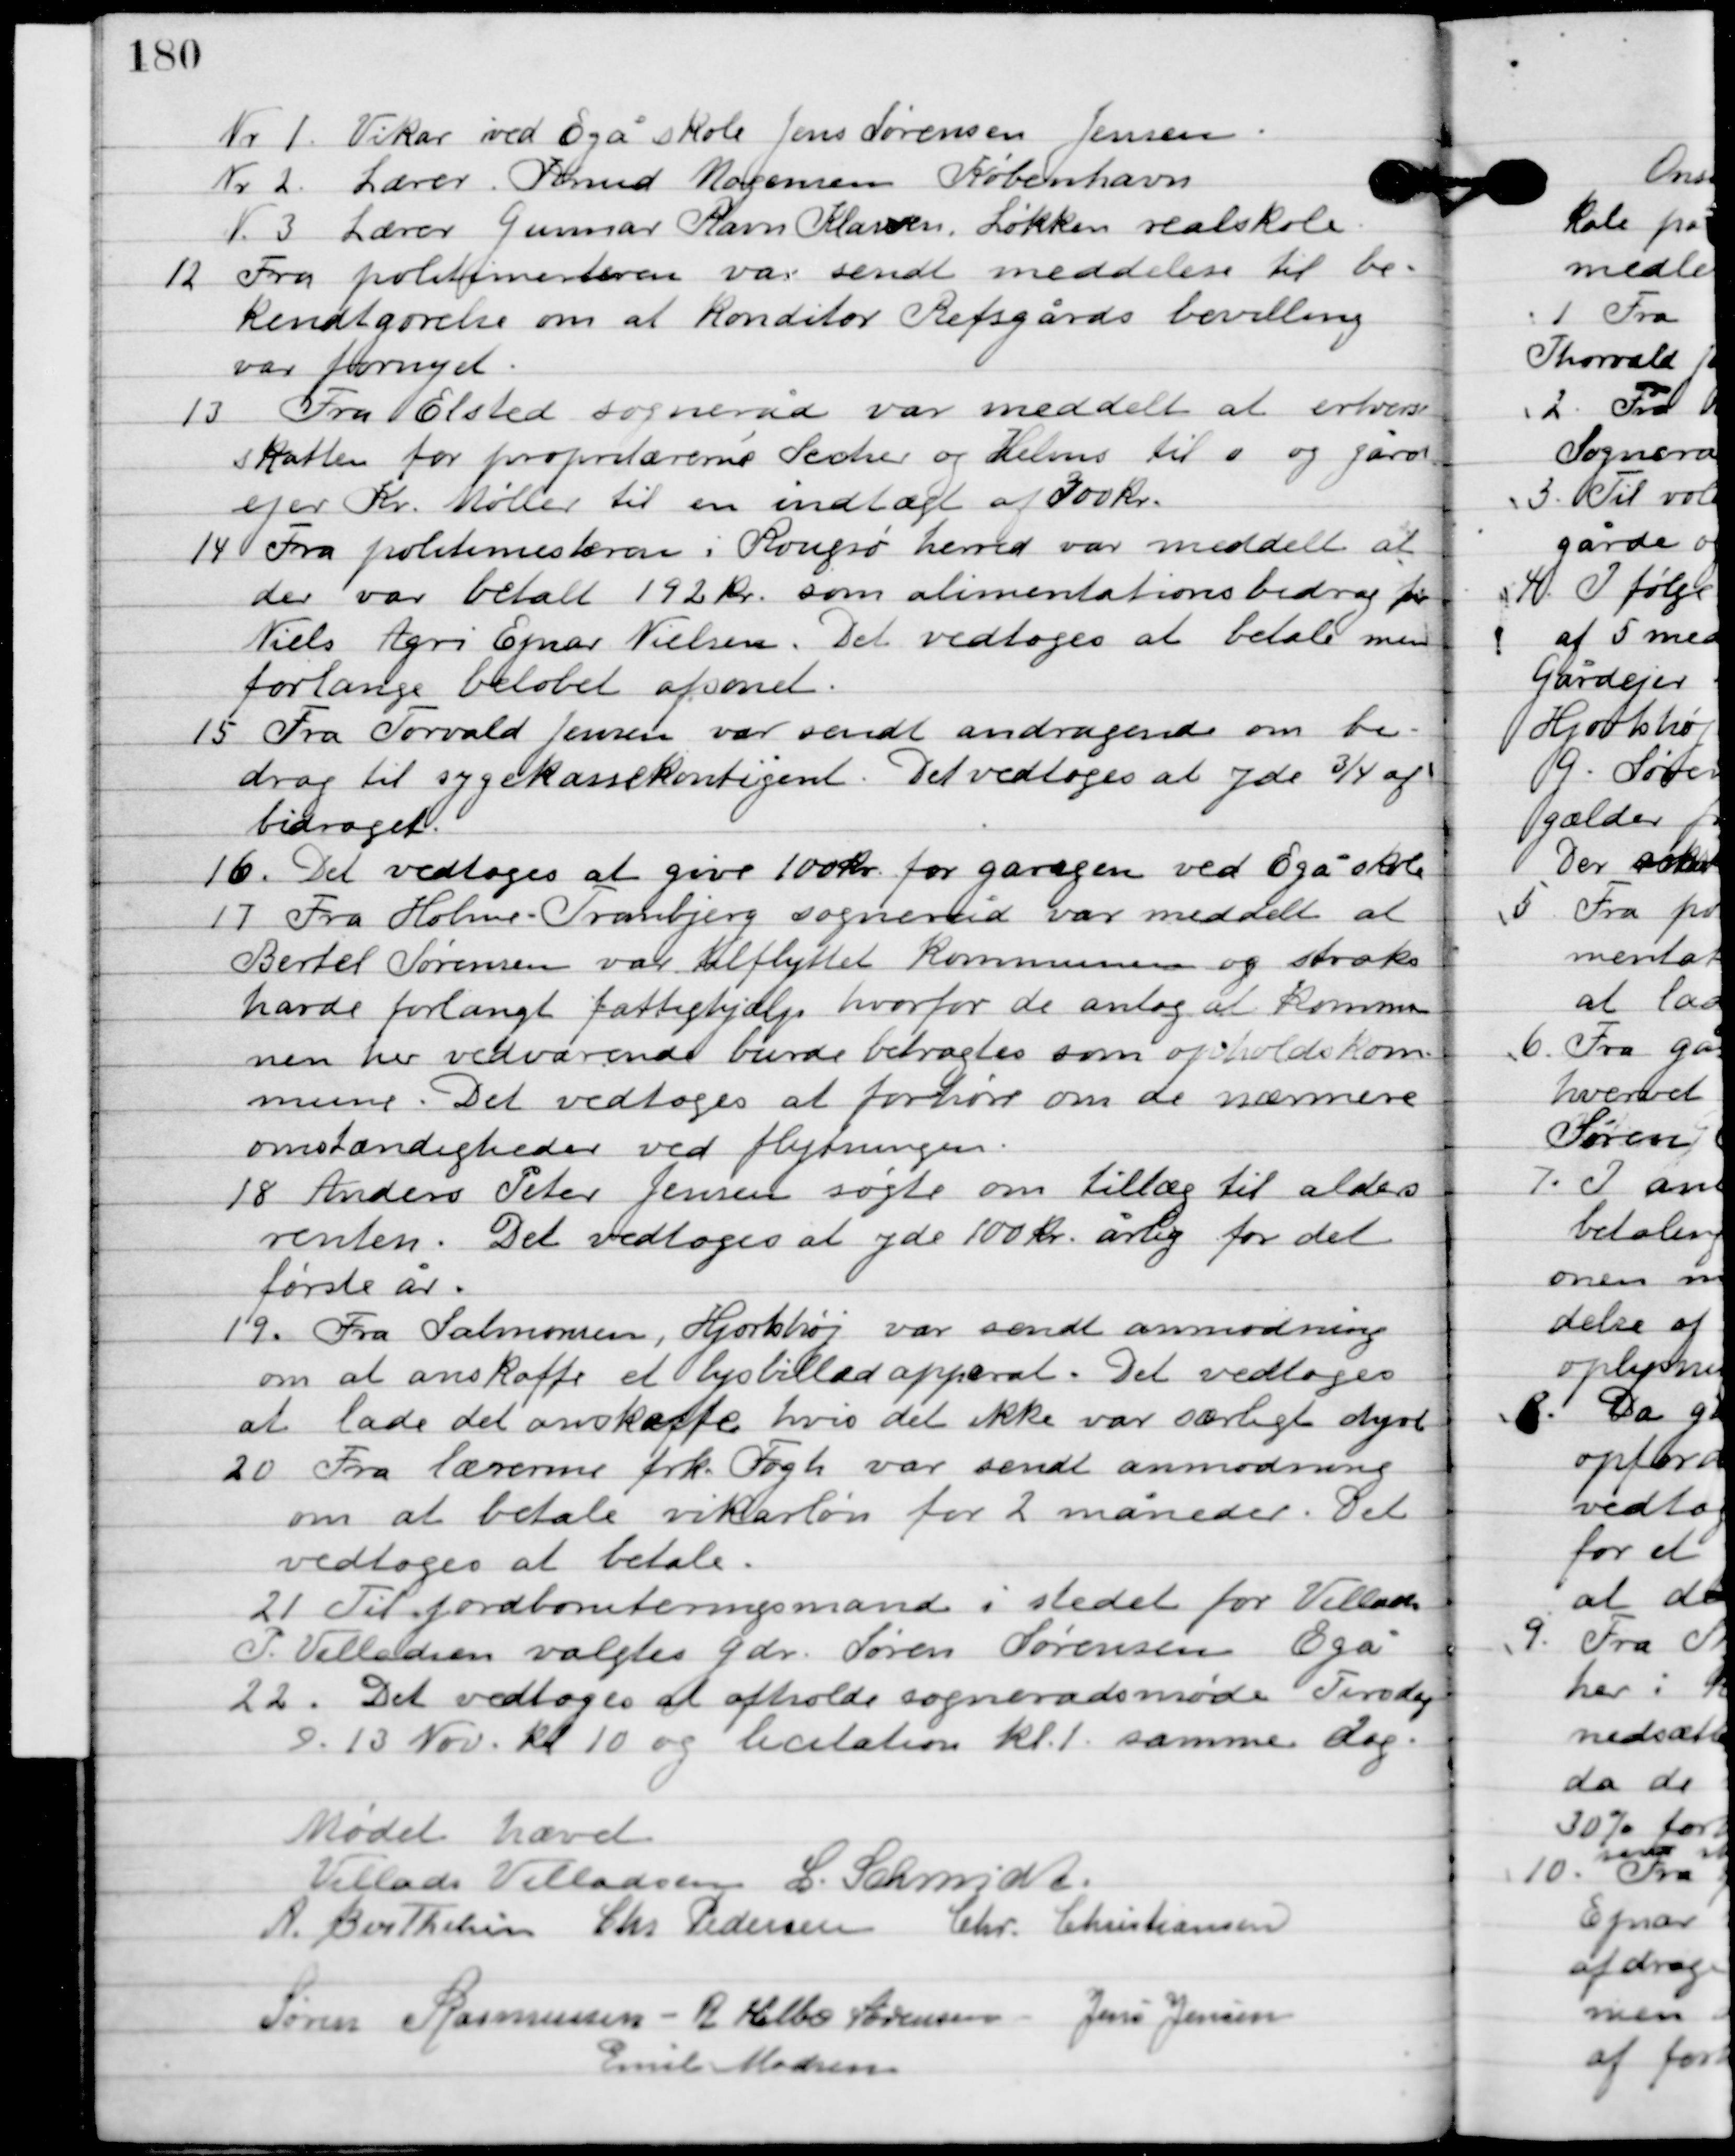
Transskription:
Nr. 1. Vikar ved Egå skole Jens Sørensen Jensen.
Nr. 2. lærer Tormod Mogensen København
Nr. 3. lærer Gunnar Ravn Klarven, Løkken realskole.

12

Fra politimesteren var sendt meddelelse til be-
kendtgørelse om at konditor Refsgårds bevilling
var fornyet.

13

Fra Elsted sogneråd var meddelt at erhvervs-
skatten for proprietærerne Secher og Helms til 0 og gård-
ejer Kr. Møller til en indtægt af 300 kr.

14

Fra politimesteren i Rougsø herred var meddelt at
der var betalt 192 kr. som alimentationsbidrag for
Niels Agri Ejnar Nielsen. Det vedtoges at betale men
forlange beløbet afsonet.

15

Fra Torvald Jensen var sendt andragende om bi-
drag til sygekasse kontingent. Det vedtoges at yde ¾ af
bidraget.

16

Det vedtoges at give 100 kr. for garagen ved Egå skole.

17

Fra Holme-Tranbjerg sogneråd var meddelt at
Bertel Sørensen var tilflyttet kommunen og straks
havde forlangt fattighjælp hvorfor de antog at kommu-
nen her vedvarende burde betragtes som opholdskom-
mune. Det vedtoges at forhøre om de nærmere
omstændigheder ved flytningen.

18

Anders Peter Jensen søgte om tillæg til alders-
renten. Det vedtoges at yde 100 kr. årlig for det
første år.

19

Fra Salmonsen, Hjortshøj var sendt anmodning
om at anskaffe et lysbilledapparat. Det vedtoges
at lade det anskaffe hvis det ikke var særligt dyre.

20
Fra lærerne frk. Fogh var sendt anmodning
om at betale vikarløn for 2 måneder. Det

vedtoges at betale.

21
Til jordboniteringsmand i stedet for Villiam

P. Villadsen valgtes gdr. Søren Sørensen Egå.

det vedtoges at afholde sognerådsmøde Tirsdag
D. 10. Nov. Kl. 10 og licitation kl. 1 samme dag.

Mødet hævet

Villads J. Villadsen
I. Schmidt
A. Berthelsen
Chr. Pedersen
Chr. Kristiansen
Søren Rasmussen
R. Helbo Sørensen
Jens Jensen
Emil Madsen